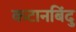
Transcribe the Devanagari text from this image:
कटानबिंदु